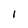
Character: I